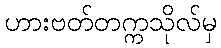
ဟားဗတ်တက္ကသိုလ်မှ